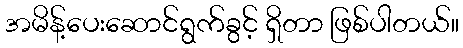
အမိန့်ပေးဆောင်ရွက်ခွင့် ရှိတာ ဖြစ်ပါတယ်။